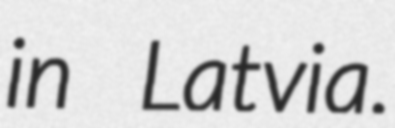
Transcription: in Latvia.